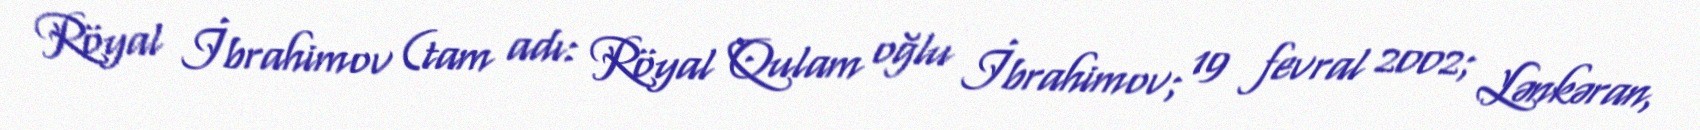
Röyal İbrahimov (tam adı: Röyal Qulam oğlu İbrahimov; 19 fevral 2002; Lənkəran,